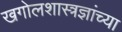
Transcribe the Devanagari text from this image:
खगोलशास्त्रज्ञांच्या